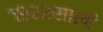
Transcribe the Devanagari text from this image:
१९२२साली